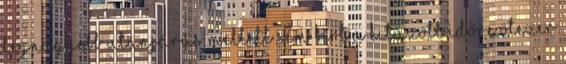
legnagyobb utánjárás mellett sem birt a kitűzött időre ötezer